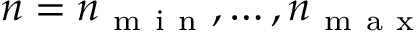
n = n _ { \mathrm { ~ m ~ i ~ n ~ } } , \hdots , n _ { \mathrm { ~ m ~ a ~ x ~ } }